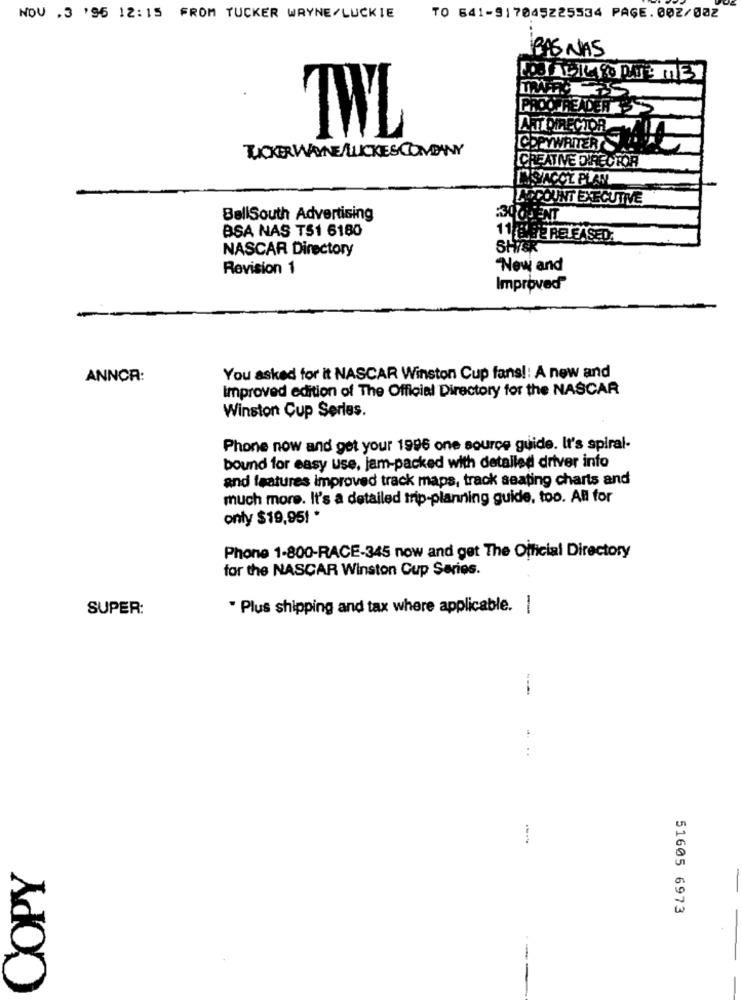
NOU ,3 196 12:15 FROM TUCKER WAYNE/LUCKIE
TO 641-917045225534 PAGE.002/002
PAS NAS
OPREADER
ATT DIRECTOR
COPYWRITER
CREATINE DIRECT
[SACCZ PLAN
IN COUNT EXECUTIVE
BellSouth Advertising
:30QUENT
BSA NAS TS1 6180
11 8 BE RELEASED.
NASCAR Directory
SHER
Revision 1
New and
Improved
ANNCA:
You asked for it NASCAR Winston Cup fans !: A new and
Improved edition of The Official Directory for the NASCAR
Winston Cup Series.
Phone now and get your 1996 one source guide. It's spiral-
bound for easy use, jam-packed with detailed driver info
and features improved track maps, track seating charts and
much more. It's a detailed trip-planning guide, too. All for
only $19,95! *
Phone 1-800-RACE-345 now and get The Official Directory
for the NASCAR Winston Cup Series.
SUPER:
. Plus shipping and tax where applicable. |
COPY
51605 6973